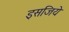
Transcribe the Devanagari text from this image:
इसजिये